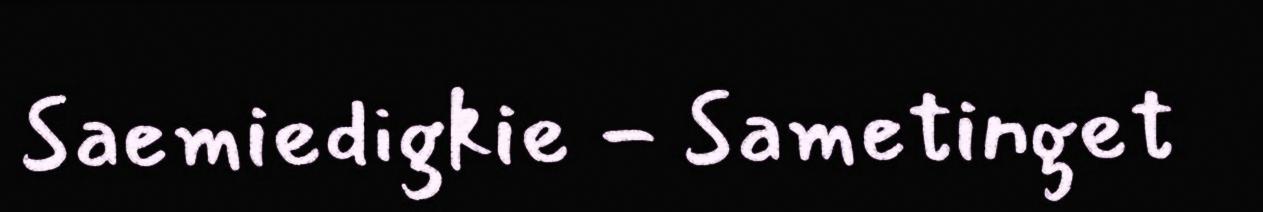
Saemiedigkie - Sametinget